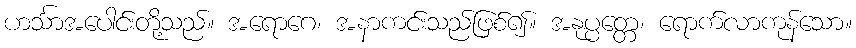
ဟင်္သာအပေါင်းတို့သည်။ အရောဂေ၊ အနာကင်းသည်ဖြစ်၍။ အနုပ္ပတ္တေ၊ ရောက်လာကုန်သော။